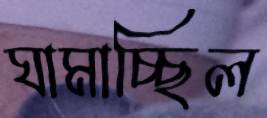
ঘামাচ্ছিল